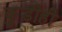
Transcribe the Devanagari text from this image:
कुडीही